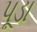
પૂડા